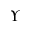
\Upsilon